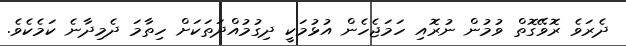
ދެރަވެ ރޮވޭގޮތް ވުމުން ނުރޮއި ހަމަޖެހެން އުޅުމަކީ ދިގުމުއްދަތަކަށް ހިތާމަ ދެމިދާނެ ކަމެކެވެ.